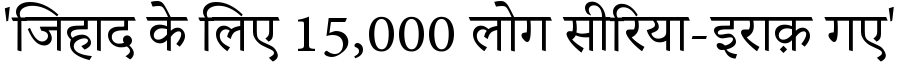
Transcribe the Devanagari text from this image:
'जिहाद के लिए 15,000 लोग सीरिया-इराक़ गए'